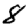
Digit: 8